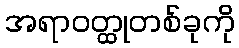
အရာဝတ္ထုတစ်ခုကို